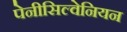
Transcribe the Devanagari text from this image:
पेनीसिल्वेनियन